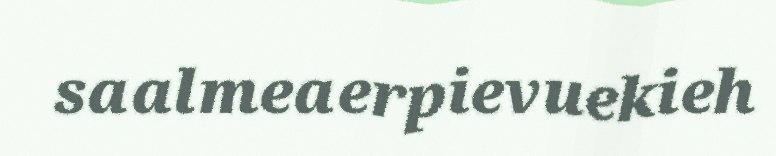
saalmeaerpievuekieh